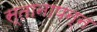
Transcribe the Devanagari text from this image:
स्तानापन्न